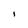
Character: I